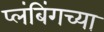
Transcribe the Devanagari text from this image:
प्लंबिंगच्या